Annual administration report of the Civil Veterinary Department of India - 1898-1899
Year: 1898
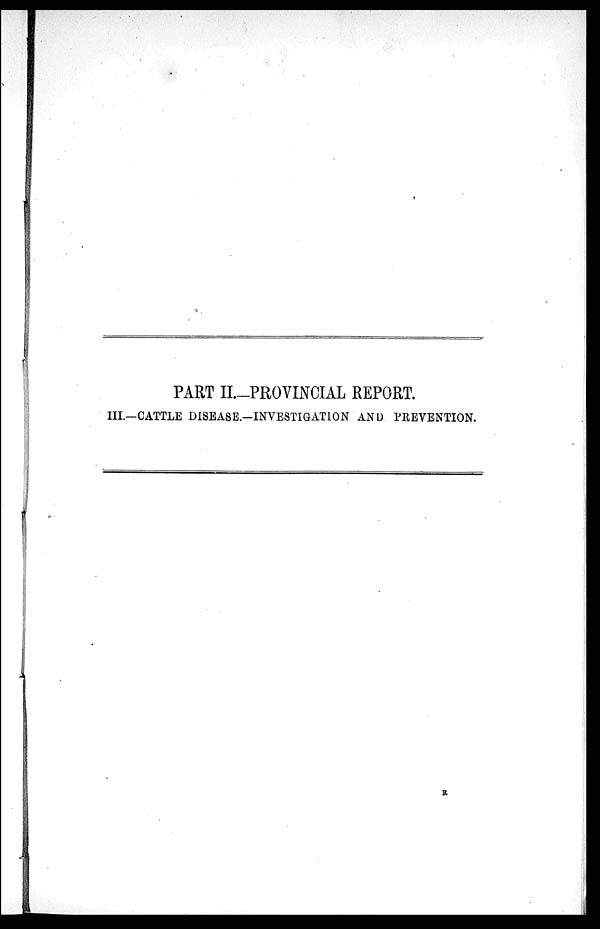
PART II.-PROVINCIAL REPORT.
III.—CATTLE DISEASE.-INVESTIGATION AND PREVENTION.